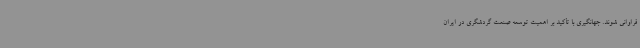
فراوانی شوند. جهانگیری با تأکید بر اهمیت توسعه صنعت گردشگری در ایران